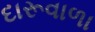
દારૂવાળા